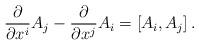
LaTeX: \begin{align*}{\partial\over \partial x^i} A_j-{\partial\over \partial x^j} A_i =[A_i ,A_j ]\,.\end{align*}